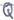
Text: Q